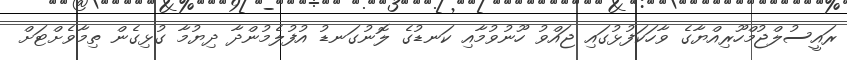
ރައީސުލްޖުމްހޫރިއްޔާގެ ވާހަކަފުޅުގައި ޖައްވު ހޫނުވުމާއި ކަނޑުގެ ލޮނުގަނޑު އުފުލެމުންދާ ދިޔުމާ ގުޅިގެން ތިމާވެށްޓަށް